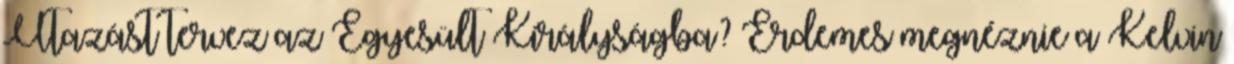
Utazást tervez az Egyesült Királyságba? Érdemes megnéznie a Kelvin